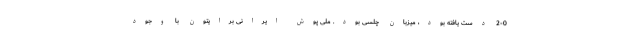
2-0 دست یافته بود، میزبان چلسی بود. ملی پوش ایرانی برایتون با وجود